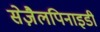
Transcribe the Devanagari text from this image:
सेज़ैलपिनाइडी